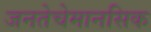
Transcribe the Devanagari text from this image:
जनतेचेमानसिक